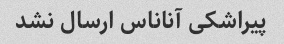
پیراشکی آناناس ارسال نشد